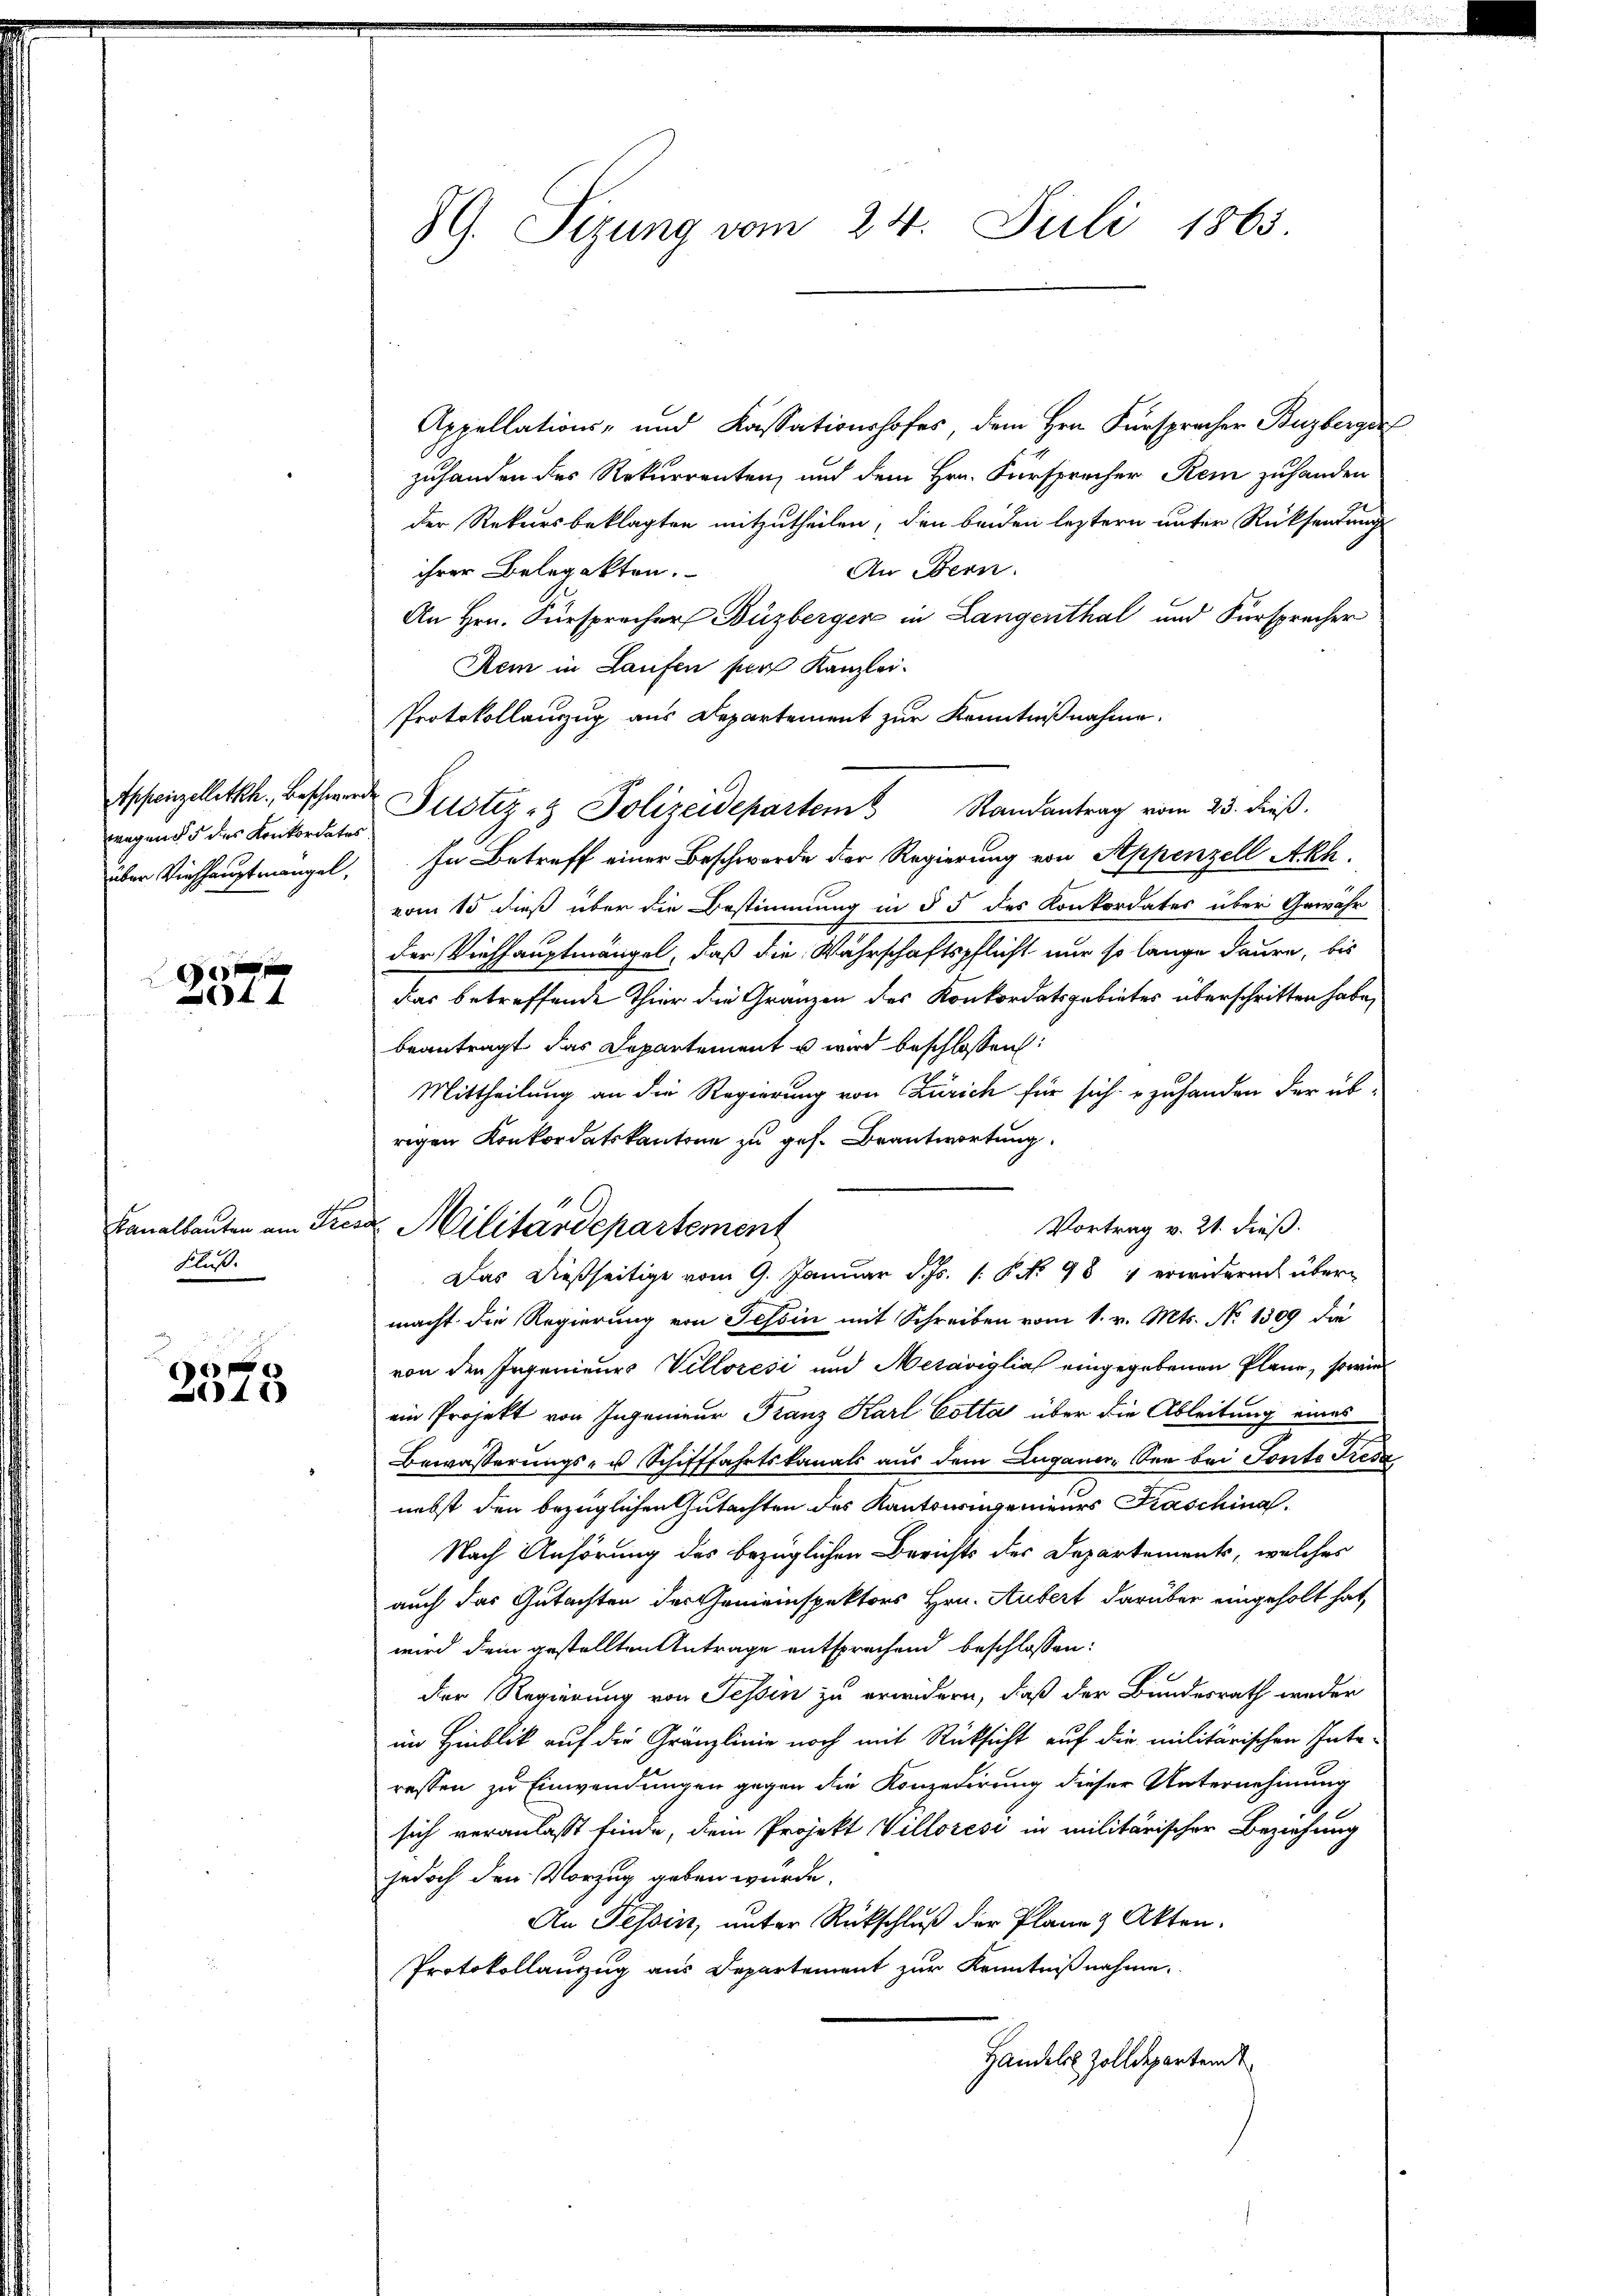
wegends des Konkordates
über Viehhauptmangel,

180 f 0 x
4 x

Banalbauten am Fre¬
Fluß.

ge

4x)

8G. Sizung vom 24. Juli 1865.

Appellations- und Kassationshofes dem Hrn. Fürspracher Buzberge
zuhanden des Rekurrenten, und dem Hrn. Fürsprecher Rein zuhanden
der Rekursbeklagten mitzutheilen, den beiden leztern unter Rücksendung
An Bern.
ihrer Belegatten.
An Hrn. Fürsprecher Buzberger in Langenthal und Fürsprecher
Kein in Laufen per Kanzlei.
Protokollauszug aus Departement zur Kenntnißnahme.
tscheinzellettet, beschwerden Justiz- & Polizeidepartem Randantrag vom 23. dieß.
In Betreff einer Beschwerde der Regierung von Appenzell Akh.
vom 15 dieß über die Bestimmung in § 5 des Konkordates über Gewähr
der Viehhauptmängel, daß die Wahrschaftspflicht nur so lange daure, bis
das betreffende Thier die Gränzen des Konkordatsgebietes überschritten habe,
beantragt das Departement u wird beschlossen:
Mittheilung an die Regierung von Zürich für sich zuhanden der übrigen Konkordatskantone zu ges. Beantwortung
Vortrag v. 21. dieß.
Das dießseitige vom 9. Januar d. Js. 1. P. No 98 erwidern übermacht die Regierung von Tessin mit Schreiben vom 1. v. Mts. No 1309 die
von den Ingenieurs Villorési und Mesaviglia eingegebenen Plane, sowie
ein Projekt von Ingenieur Franz Karl Cotta über die Ableitung eines
Bewässerungs- u Schifffahrtskanals aus dem Luganer-See bei Fonte Tresz
nebst den bezüglichen Gutachten des Kantoningenieurs Fraschina
Nach Anhörung des bezüglichen Berichts der Departements, welches
auch das Gutachten des Gemeinspektors Hrn. Aubert darüber eingeholt hat,
wird dem gestellten Antrage entsprechend beschlossen:
der Regierung von Tessin zu erwidern, daß der Bundesrath weder
im Hinblick auf die Gränzlinie noch mit Rücksicht auf die militärischen Interessen zu Einwendungen gegen die Konzedirung dieser Unternehmung
sich veranlaßt finde, dein Projekt Villorési in militärischer Beziehung
jedoch den Vorzug geben würde.
An Tessin, unter Rückschluß der Plane & Akten.
Protokollanzug aus Departement zur Kenntnißnahme.
Handels Zolldeparten

& Militärdepartement